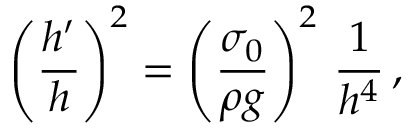
\left( \frac { h ^ { \prime } } { h } \right) ^ { 2 } = \left( \frac { \sigma _ { 0 } } { \rho g } \right) ^ { 2 } \, \frac { 1 } { h ^ { 4 } } \, ,